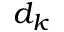
d _ { k }